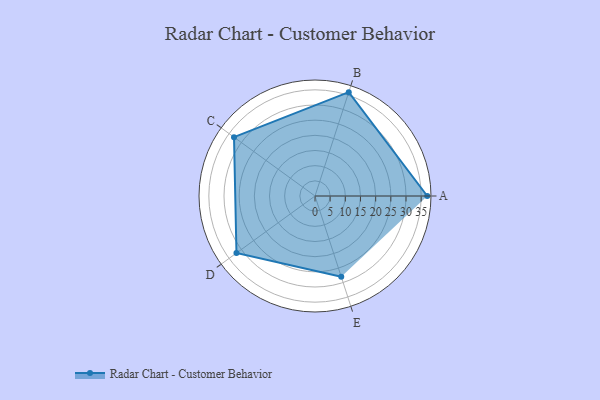
{"axis": {"x": "Skill", "y": "Score"}, "legend": ["Profile"], "data": [{"x": "A", "y": 37.0, "type": "Profile"}, {"x": "B", "y": 36.0, "type": "Profile"}, {"x": "C", "y": 33.0, "type": "Profile"}, {"x": "D", "y": 32.0, "type": "Profile"}, {"x": "E", "y": 28.0, "type": "Profile"}]}